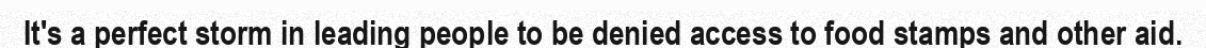
It's a perfect storm in leading people to be denied access to food stamps and other aid.